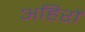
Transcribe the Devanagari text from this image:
अहिरों